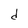
Character: d